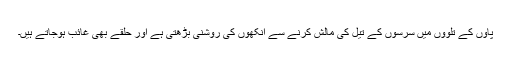
پاؤں کے تلوؤں میں سرسوں کے تیل کی مالش کرنے سے آنکھوں کی روشنی بڑھتی ہے اور حلقے بھی غائب ہوجاتے ہیں۔